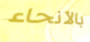
بالأنحاء